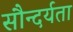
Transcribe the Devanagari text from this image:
सौन्‍दर्यता